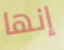
إنها